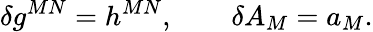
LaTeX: \delta g^{MN}=h^{MN},\qquad\delta A_{M}=a_{M}.